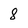
Character: 8